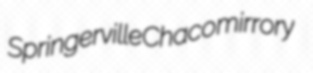
Springerville Chaco mirrory